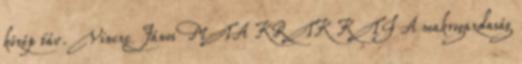
közép táv. Vincze János MTA KRTK KTI A makrogazdaság